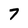
Character: 7